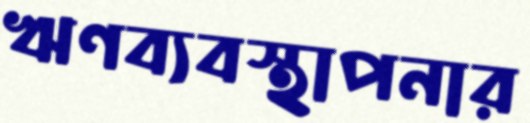
ঋণব্যবস্থাপনার